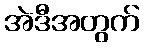
အဲဒီအတွက်